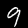
Label: 9